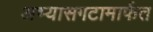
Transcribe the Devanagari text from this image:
अभ्यासगटामार्फत